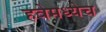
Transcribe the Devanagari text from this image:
हवेमध्येच